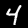
Label: 4